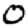
Digit: 0